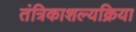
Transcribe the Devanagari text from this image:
तंत्रिकाशल्यक्रिया